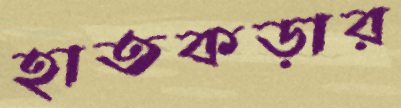
হাতকড়ার